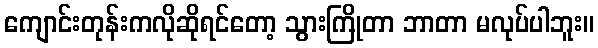
ကျောင်းတုန်းကလိုဆိုရင်တော့ သွားကြိုတာ ဘာတာ မလုပ်ပါဘူး။